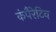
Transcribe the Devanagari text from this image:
कंपैरेटिव